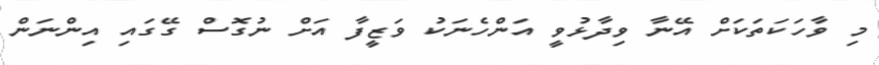
މި ވާހަކަތަކަށް އޭނާ ވިދާޅުވީ އަންހެނަކު ވަޒީފާ އަށް ނުގޮސް ގޭގައި އިންނަން